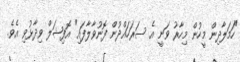
"ހަމަލާދިން މީހުން މިހާރު ވަނީ އެ ސަރަހައްދުން ފޮނުވާލާފައި" އޮފިޝަލް ވިދާޅުވި އެވެ.